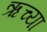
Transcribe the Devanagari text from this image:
ऋच्या